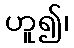
ဟူ၍၊